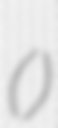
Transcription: ()